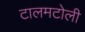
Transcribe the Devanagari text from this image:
टालमटोली